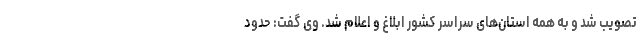
تصویب شد و به همه استان‌های سراسر کشور ابلاغ و اعلام شد. وی گفت: حدود